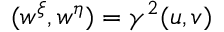
( w ^ { \xi } , w ^ { \eta } ) = \gamma ^ { 2 } ( u , v )